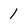
Character: 1